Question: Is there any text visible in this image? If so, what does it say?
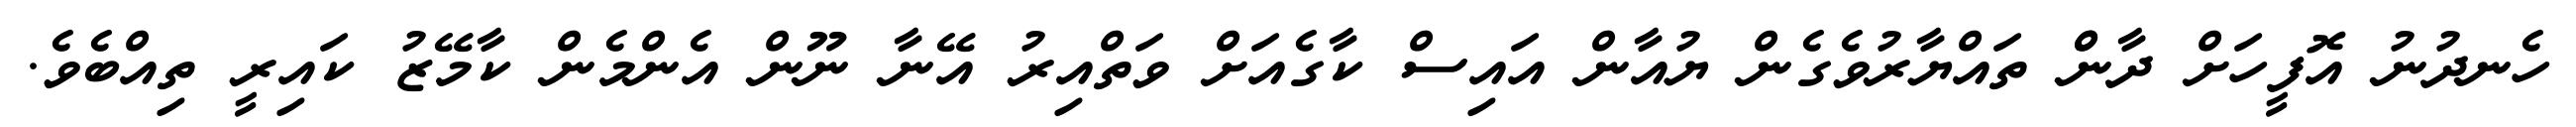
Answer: ހެނދުނު އޮފީހަށް ދާންް ތައްޔާރުވެގެން ޔުއާން އައިސް ކާގެއަށް ވަތްއިރު އޭނާ ނޫން އެންމެން ކާމޭޒު ކައިރީ ތިއްބެވެ.